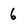
Character: 6